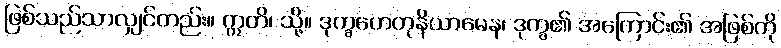
ဖြစ်သည်သာလျှင်တည်း။ ဣတိ၊ သို့။ ဒုက္ခဟေတုနိယာမေန၊ ဒုက္ခ၏ အကြောင်း၏ အဖြစ်ကို